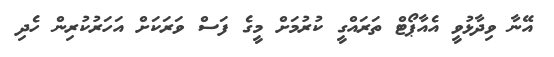
އޭނާ ވިދާޅުވީ އެއާޕޯޓް ތަރައްގީ ކުރުމަށް މީގެ ފަސް ވަރަކަށް އަހަރުކުރިން ހެދި